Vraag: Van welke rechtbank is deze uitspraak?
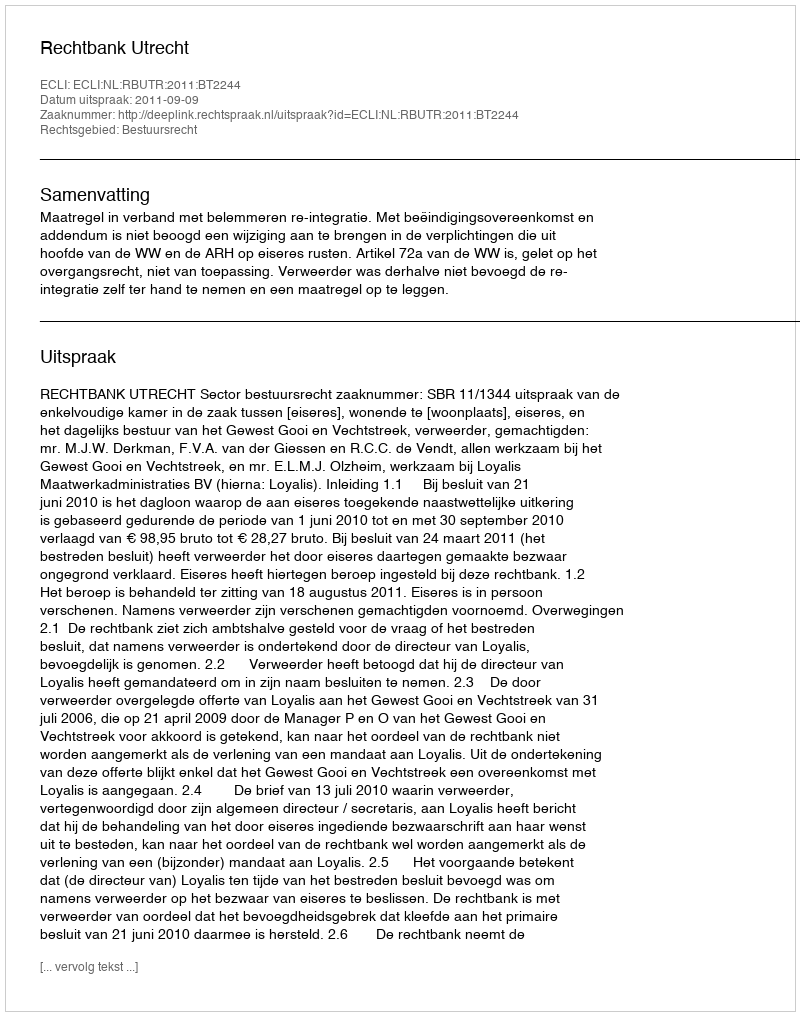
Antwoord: Rechtbank Utrecht